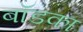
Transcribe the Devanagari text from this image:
बॉडका